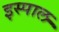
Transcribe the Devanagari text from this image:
इस्पाल